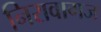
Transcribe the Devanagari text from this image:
निरावागज